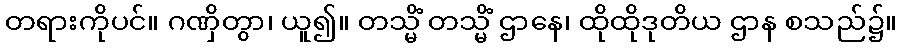
တရားကိုပင်။ ဂဏှိတွာ၊ ယူ၍။ တသ္မိံ တသ္မိံ ဌာနေ၊ ထိုထိုဒုတိယ ဌာန စသည်၌။